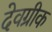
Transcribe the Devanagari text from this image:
देवग्रीक